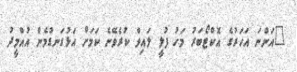
"އަންނަ އަހަރުގެ އޮކްޓޯބަރު މަހު ފުލީ ލައިވް ކުރެވޭނެ ކަމަށް އަޅުގަނޑުމެން އުއްމީދު